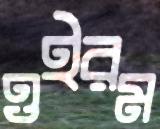
ওইরম